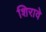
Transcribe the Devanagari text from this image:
शिरावे